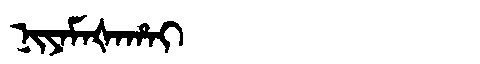
Manchu: ᠨᡳᠶᠠᠮᠠᡧᠠᡥᠠᡳ
Romanization: NIYAMAŠAHAI